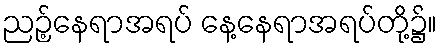
ညဉ့်နေရာအရပ် နေ့နေရာအရပ်တို့၌။